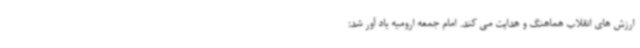
ارزش های انقلاب هماهنگ و هدایت می کند. امام جمعه ارومیه یاد آور شد: